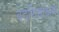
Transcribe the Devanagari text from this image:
वदरिकाश्रम